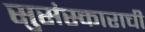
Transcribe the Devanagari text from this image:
सुसंस्काराची